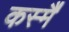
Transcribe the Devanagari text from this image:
कस्मै॑